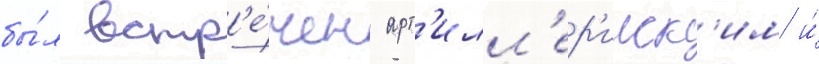
бы́л встр'е́чен арт'илл'ер'ииск'им и́